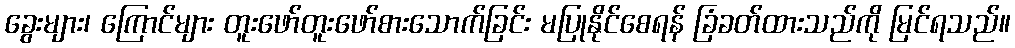
ခွေးများ၊ ကြောင်များ တူးဖော်တူးဖော်စားသောက်ခြင်း မပြုနိုင်စေရန် ခြံခတ်ထားသည်ကို မြင်ရသည်။